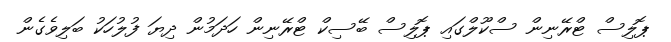
ޕޮލިސް ޓްރޭނިން ސްކޫލްގައި ޕޮލިސް ބޭސިކް ޓްރޭނިން ހަދަމުން ދިޔަ ފުލުހަކު ބަލިވެގެން